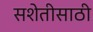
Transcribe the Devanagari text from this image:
सशेतीसाठी